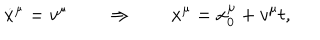
\dot { x } ^ { \mu } = v ^ { \mu } \qquad \Rightarrow \qquad x ^ { \mu } = x _ { 0 } ^ { \mu } + v ^ { \mu } t ,